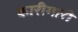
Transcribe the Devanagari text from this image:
कारीगारी